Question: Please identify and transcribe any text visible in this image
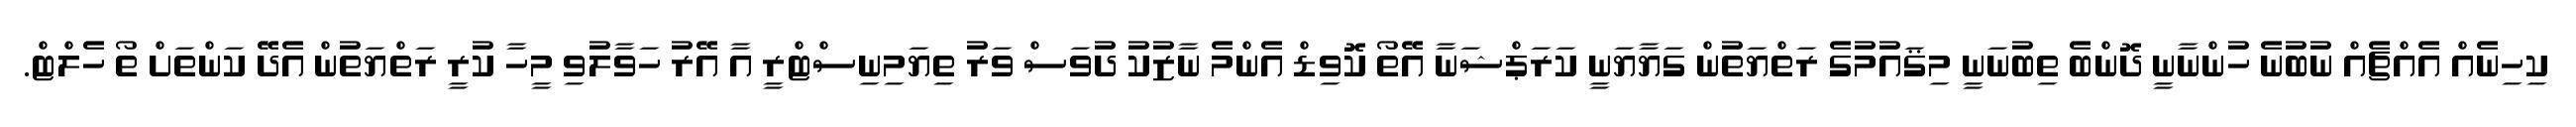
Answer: ކިހިނެއް އެއްޗެއް ނުބުނެ ހުންނާނީ ދޮންބެ ތިބުނަނީ މިޤައުމުގެ ރަތްޔަތުން ގަޔާޔަނީ ކަރަޕްޝަނާ އޭތޯ ކޮވިޑް އެންމެ ނާޒުކު ދުވަސް ވަރު ތިޔަމިނިސްޓްރީ އާ އޭރު ހަވާލުވި މީހާ ކުރީ ރަތްޔަތުން އެދޭ ކަންތަށް ތޯ ހެލްޓް.